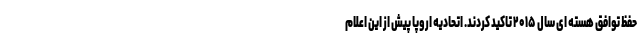
حفظ توافق هسته ای سال ۲۰۱۵ تاکید کردند. اتحادیه اروپا پیش از این اعلام